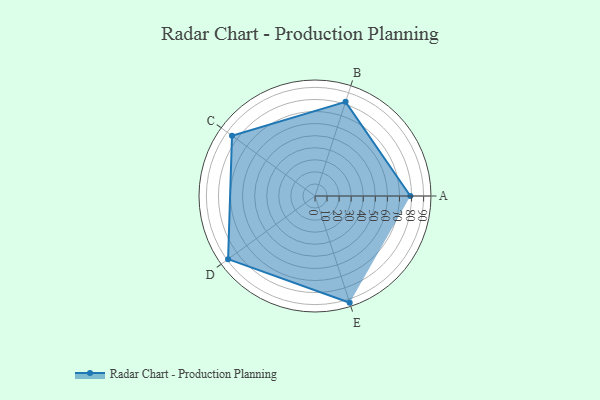
{"axis": {"x": "Skill", "y": "Score"}, "legend": ["Profile"], "data": [{"x": "A", "y": 79.0, "type": "Profile"}, {"x": "B", "y": 82.0, "type": "Profile"}, {"x": "C", "y": 85.0, "type": "Profile"}, {"x": "D", "y": 89.0, "type": "Profile"}, {"x": "E", "y": 93.0, "type": "Profile"}]}